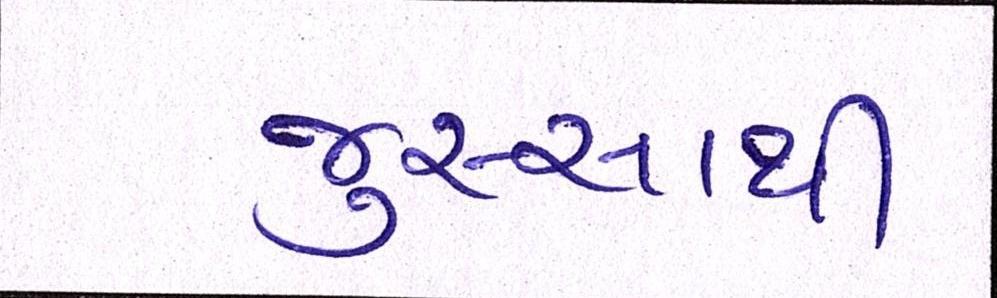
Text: જુસ્સાથી